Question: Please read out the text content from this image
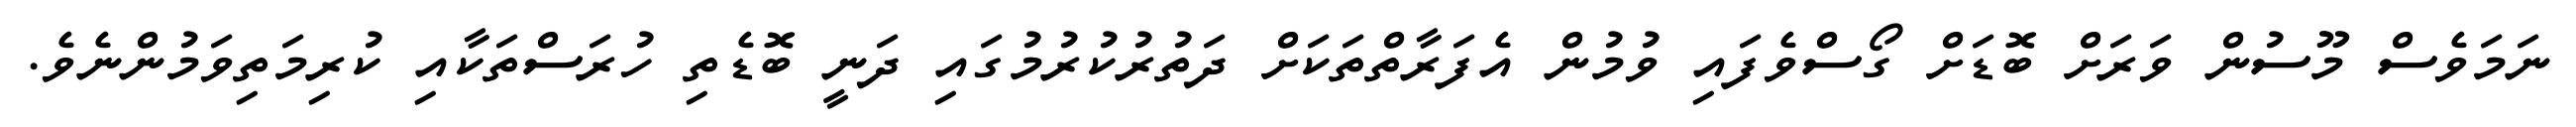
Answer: ނަމަވެސް މޫސުން ވަރަށް ބޮޑަށް ގޯސްވެފައި ވުމުން އެފަރާތްތަކަށް ދަތުރުކުރުމުގައި ދަނީ ބޮޑެތި ހުރަސްތަކާއި ކުރިމަތިވަމުންނެވެ.